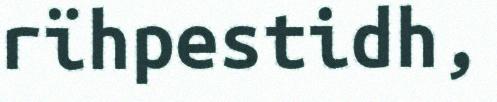
rïhpestidh,